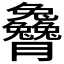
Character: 𰯭